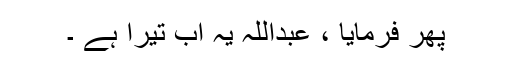
پھر فرمایا ، عبداللہ یہ اب تیرا ہے ۔